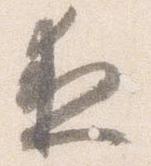
夜